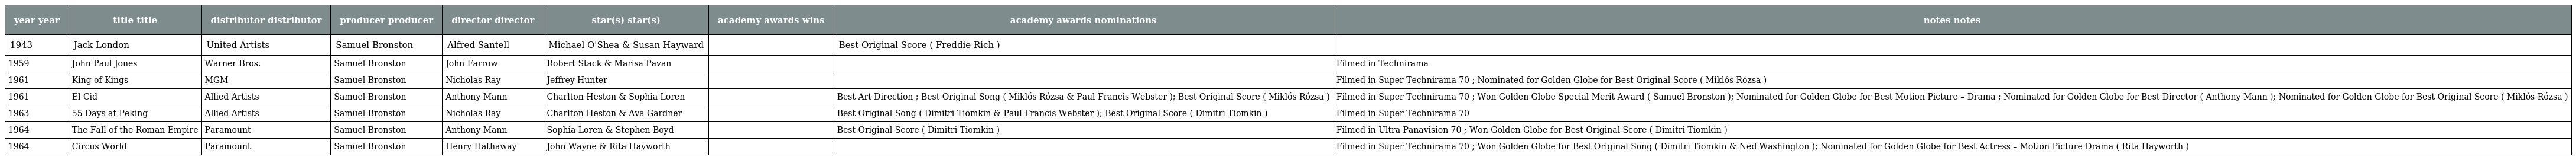
| year year | title title | distributor distributor | producer producer | director director | star(s) star(s) | academy awards wins | academy awards nominations | notes notes |
 | --- | --- | --- | --- | --- | --- | --- | --- | --- |
 | 1943 | Jack London | United Artists | Samuel Bronston | Alfred Santell | Michael O'Shea & Susan Hayward |  | Best Original Score ( Freddie Rich ) |  |
 | 1959 | John Paul Jones | Warner Bros. | Samuel Bronston | John Farrow | Robert Stack & Marisa Pavan |  |  | Filmed in Technirama |
 | 1961 | King of Kings | MGM | Samuel Bronston | Nicholas Ray | Jeffrey Hunter |  |  | Filmed in Super Technirama 70 ; Nominated for Golden Globe for Best Original Score ( Miklós Rózsa ) |
 | 1961 | El Cid | Allied Artists | Samuel Bronston | Anthony Mann | Charlton Heston & Sophia Loren |  | Best Art Direction ; Best Original Song ( Miklós Rózsa & Paul Francis Webster ); Best Original Score ( Miklós Rózsa ) | Filmed in Super Technirama 70 ; Won Golden Globe Special Merit Award ( Samuel Bronston ); Nominated for Golden Globe for Best Motion Picture – Drama ; Nominated for Golden Globe for Best Director ( Anthony Mann ); Nominated for Golden Globe for Best Original Score ( Miklós Rózsa ) |
 | 1963 | 55 Days at Peking | Allied Artists | Samuel Bronston | Nicholas Ray | Charlton Heston & Ava Gardner |  | Best Original Song ( Dimitri Tiomkin & Paul Francis Webster ); Best Original Score ( Dimitri Tiomkin ) | Filmed in Super Technirama 70 |
 | 1964 | The Fall of the Roman Empire | Paramount | Samuel Bronston | Anthony Mann | Sophia Loren & Stephen Boyd |  | Best Original Score ( Dimitri Tiomkin ) | Filmed in Ultra Panavision 70 ; Won Golden Globe for Best Original Score ( Dimitri Tiomkin ) |
 | 1964 | Circus World | Paramount | Samuel Bronston | Henry Hathaway | John Wayne & Rita Hayworth |  |  | Filmed in Super Technirama 70 ; Won Golden Globe for Best Original Song ( Dimitri Tiomkin & Ned Washington ); Nominated for Golden Globe for Best Actress – Motion Picture Drama ( Rita Hayworth ) |